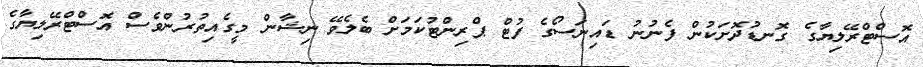
އޮސްޓްރޭލިޔާގެ ގޮނޑުދޮށަކުން ފެނުނު ޑައިނަސޯގެ ފުޓް ޕްރިންޓުކަމަށް ބެލެވޭ ނިޝާން މީގެއިތުރުންވެސް އޮސްޓްރޭލިޔާގެ